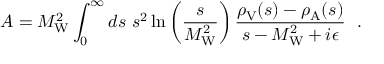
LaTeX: { \cal A } = M _ { \mathrm { W } } ^ { 2 } \int _ { 0 } ^ { \infty } d s ~ s ^ { 2 } \ln \left( { \frac { s } { M _ { \mathrm { W } } ^ { 2 } } } \right) { \frac { \rho _ { \mathrm { V } } ( s ) - \rho _ { \mathrm { A } } ( s ) } { s - M _ { \mathrm { W } } ^ { 2 } + i \epsilon } } \ \ .